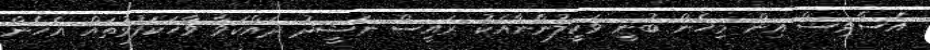
އެސާވިސް އިން މިހެން ބުނީ ވަކީލުންނާއެކު ރައީސް ނަޝީދު ދައްކަވާ ވާހަކަފުޅުތައް އެހެން